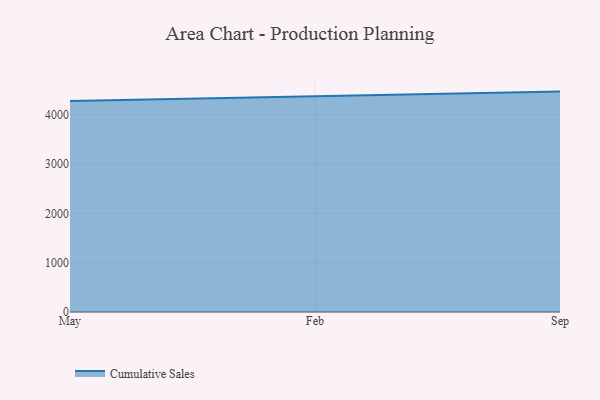
{"axis": {"x": "Month", "y": "Latency (ms)"}, "legend": ["Cumulative Sales"], "data": [{"x": "May", "y": 4281.1, "type": "Cumulative Sales"}, {"x": "Feb", "y": 4381.5, "type": "Cumulative Sales"}, {"x": "Sep", "y": 4474.1, "type": "Cumulative Sales"}]}